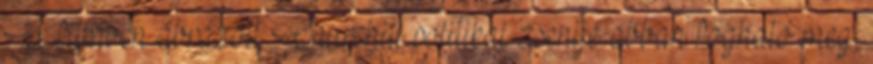
A filmben ábrázolt Churchill politikai zsenije abban fogható meg,